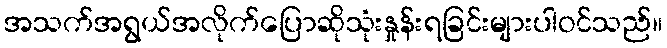
အသက်အရွယ်အလိုက်ပြောဆိုသုံးနှုန်းရခြင်းများပါဝင်သည်။